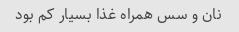
نان و سس همراه غذا بسیار کم بود